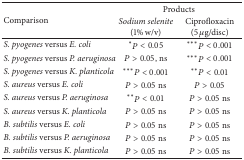
<table><thead><tr><td rowspan="2"><b>Comparison</b></td><td colspan="2"><b>Products</b></td></tr><tr><td><b><i>Sodium selenite</i> (1% w/v)</b></td><td><b>Ciprofloxacin (5 <i>μ</i>g/disc)</b></td></tr></thead><tbody><tr><td><i>S. pyogenes </i>versus<i> E. coli</i></td><td> <sup><i>∗</i></sup><i>P</i> &lt; 0.05</td><td> <sup><i>∗∗∗</i></sup><i>P</i> &lt; 0.001</td></tr><tr><td><i>S. pyogenes </i>versus<i> P. aeruginosa</i></td><td><i>P</i> &gt; 0.05, ns</td><td> <sup><i>∗∗∗</i></sup><i>P</i> &lt; 0.001</td></tr><tr><td><i>S. pyogenes </i>versus<i> K. planticola</i></td><td> <sup><i>∗∗∗</i></sup><i>P</i> &lt; 0.001</td><td> <sup><i>∗∗</i></sup><i>P</i> &lt; 0.01</td></tr><tr><td><i>S. aureus </i>versus<i> E. coli</i></td><td><i>P</i> &gt; 0.05 ns</td><td><i>P</i> &gt; 0.05</td></tr><tr><td><i>S. aureus </i>versus<i> P. aeruginosa</i></td><td> <sup><i>∗∗</i></sup><i>P</i> &lt; 0.01</td><td><i>P</i> &gt; 0.05 ns</td></tr><tr><td><i>S. aureus </i>versus<i> K. planticola</i></td><td><i>P</i> &gt; 0.05 ns</td><td><i>P</i> &gt; 0.05 ns</td></tr><tr><td><i>B. subtilis </i>versus<i> E. coli</i></td><td><i>P</i> &gt; 0.05 ns</td><td><i>P</i> &gt; 0.05 ns</td></tr><tr><td><i>B. subtilis </i>versus<i> P. aeruginosa</i></td><td><i>P</i> &gt; 0.05 ns</td><td><i>P</i> &gt; 0.05 ns</td></tr><tr><td><i>B. subtilis </i>versus<i> K. planticola</i></td><td><i>P</i> &gt; 0.05 ns</td><td><i>P</i> &gt; 0.05 ns</td></tr></tbody></table>